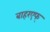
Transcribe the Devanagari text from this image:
बाहरएफ्